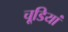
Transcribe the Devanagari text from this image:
चूडि़यां